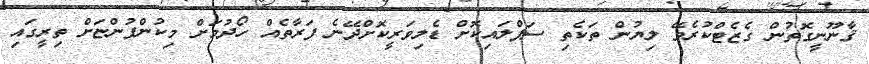
ޤާނޫނީގޮތުން ގެޒެޓްކުރެވޭ ލިޔުން ތަކެތި ސަޕްލައިކޮށް ޑެލިވަރީކޮށްދޭނެ ފަރާތެއް ހޯދުމަށް މިކުންފުންޏަށް ތިރީގައި